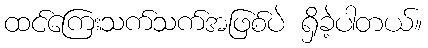
ထင်ကြေးသက်သက်အဖြစ်ပဲ ရှိခဲ့ပါတယ်။